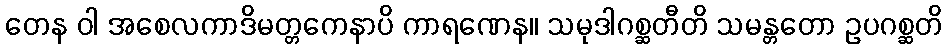
တေန ဝါ အစေလကာဒိမတ္တကေနာပိ ကာရဏေန။ သမုဒါဂစ္ဆတီတိ သမန္တတော ဥပဂစ္ဆတိ